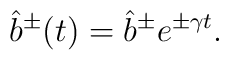
\hat{b}^\pm(t)=\hat{b}^\pm e^{\pm\gamma t}.